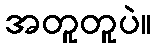
အတူတူပဲ။